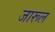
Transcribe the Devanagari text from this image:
जारूल